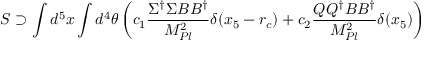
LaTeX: { \cal S } \supset \int d ^ { 5 } x \int d ^ { 4 } \theta \left( c _ { 1 } { \frac { \Sigma ^ { \dagger } \Sigma B B ^ { \dagger } } { M _ { P l } ^ { 2 } } } \delta ( x _ { 5 } - r _ { c } ) + c _ { 2 } { \frac { Q Q ^ { \dagger } B B ^ { \dagger } } { M _ { P l } ^ { 2 } } } \delta ( x _ { 5 } ) \right)